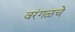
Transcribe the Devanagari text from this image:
वरंगळचे